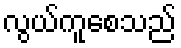
လွယ်ကူစေသည်